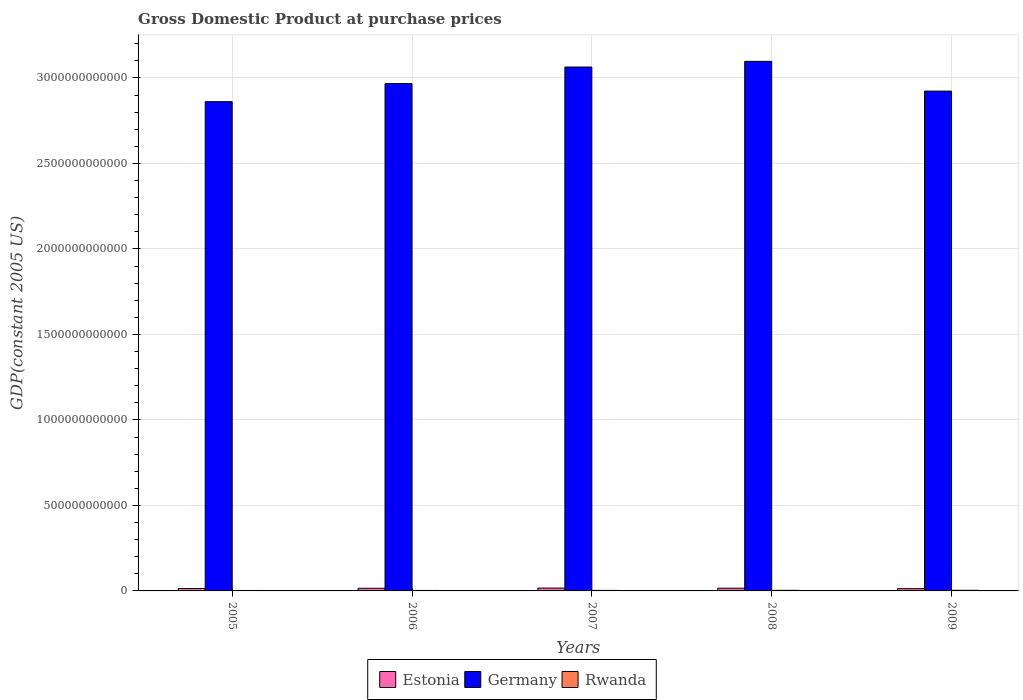
| Years | Estonia | Germany | Rwanda |
 | --- | --- | --- | --- |
 | 2005 | 1.4e+10 | 2.86e+12 | 2.58e+09 |
 | 2006 | 1.54e+10 | 2.97e+12 | 2.82e+09 |
 | 2007 | 1.66e+10 | 3.06e+12 | 3.03e+09 |
 | 2008 | 1.57e+10 | 3.1e+12 | 3.37e+09 |
 | 2009 | 1.34e+10 | 2.92e+12 | 3.58e+09 |